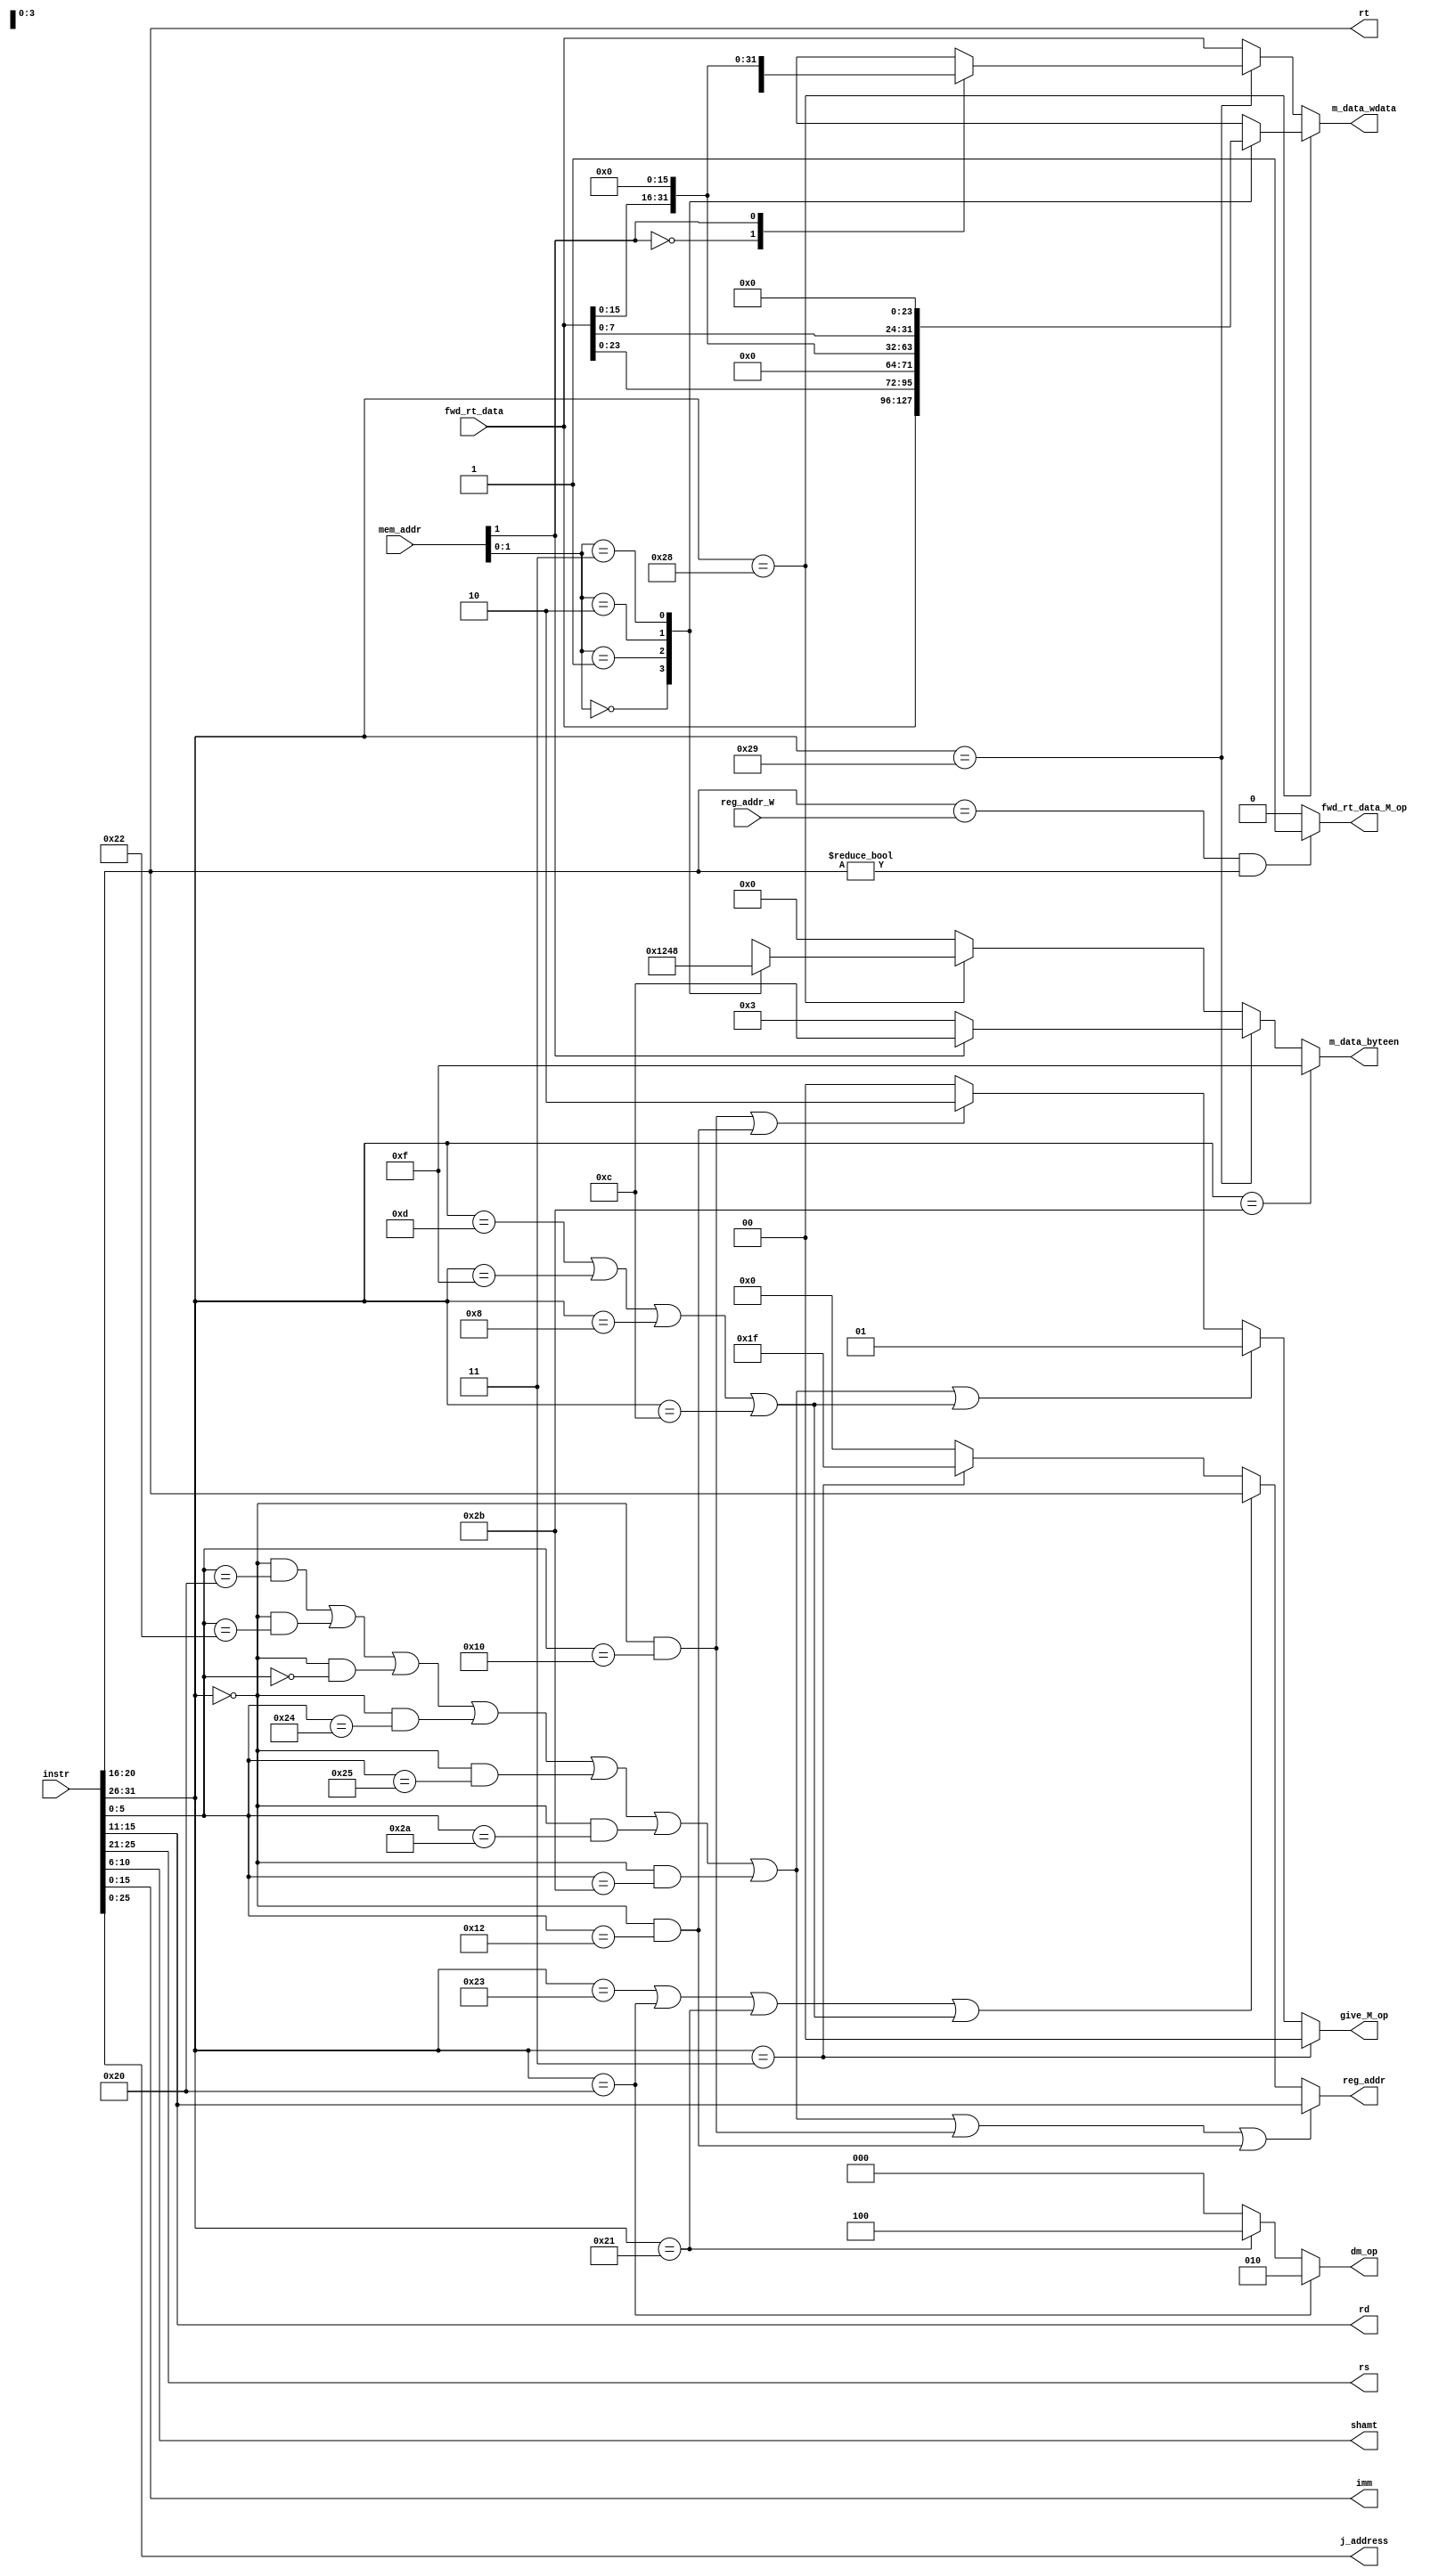
module CU_M (
    input [31:0] instr,

    output [25:21] rs,
    output [20:16] rt,
    output [15:11] rd,
    output [ 10:6] shamt,
    output [ 15:0] imm,
    output [ 25:0] j_address,

    input      [31:0] mem_addr,
    input      [31:0] fwd_rt_data,
    output reg [ 2:0] dm_op,
    output reg [ 3:0] m_data_byteen,
    output reg [31:0] m_data_wdata,

    output reg [4:0] reg_addr,  //

    output reg [1:0] give_M_op,

    input      [4:0] reg_addr_W,
    output reg       fwd_rt_data_M_op
);
    wire [5:0] op = instr[31:26];
    assign rs    = instr[25:21];
    assign rt    = instr[20:16];
    assign rd    = instr[15:11];
    assign shamt = instr[10:6];
    wire [5:0] func = instr[5:0];
    assign imm       = instr[15:0];
    assign j_address = instr[25:0];

    wire R = (op == 6'b000000);

    wire add = R & (func == 6'b100000);
    wire sub = R & (func == 6'b100010);
    wire jr = R & (func == 6'b001000);
    wire sll = R & (func == 6'b000000);

    wire ori = (op == 6'b001101);
    wire lw = (op == 6'b100011);
    wire sw = (op == 6'b101011);
    wire beq = (op == 6'b000100);
    wire lui = (op == 6'b001111);
    wire jal = (op == 6'b000011);

    //P6
    wire instr_and = R & (func == 6'b100100);
    wire instr_or = R & (func == 6'b100101);
    wire slt = R & (func == 6'b101010);
    wire sltu = R & (func == 6'b101011);

    wire andi = (op == 6'b001100);
    wire addi = (op == 6'b001000);
    wire lb = (op == 6'b100000);
    wire lh = (op == 6'b100001);
    wire sb = (op == 6'b101000);
    wire sh = (op == 6'b101001);

    wire bne = (op == 6'b000101);

    wire mult = R & (func == 6'b011000);
    wire multu = R & (func == 6'b011001);
    wire div = R & (func == 6'b011010);
    wire divu = R & (func == 6'b011011);

    wire mfhi = R & (func == 6'b010000);
    wire mflo = R & (func == 6'b010010);
    wire mthi = R & (func == 6'b010001);
    wire mtlo = R & (func == 6'b010011);

    wire cal_r = (add | sub | sll | instr_and | instr_or | slt | sltu);
    wire cal_i = (ori | lui | addi | andi);
    wire load = (lw | lb | lh);
    wire store = (sw | sb | sh);
    wire md = (mult | multu | div | divu);

    always @(*) begin
        if (0) dm_op = 3'd1;  //
        else if (lb) dm_op = 3'd2;  //
        else if (0) dm_op = 3'd3;  //
        else if (lh) dm_op = 3'd4;  //
        else dm_op = 3'd0;  //

        if (sw) m_data_byteen = 4'b1111;
        else if (sh) m_data_byteen = mem_addr[1] ? 4'b1100 : 4'b0011;
        else if (sb) begin
            case (mem_addr[1:0])
                2'b00:   m_data_byteen = 4'b0001;
                2'b01:   m_data_byteen = 4'b0010;
                2'b10:   m_data_byteen = 4'b0100;
                2'b11:   m_data_byteen = 4'b1000;
                default: m_data_byteen = 4'b0000;
            endcase
        end else m_data_byteen = 4'b0000;

        if (sb) begin  //lb
            case (mem_addr[1:0])
                2'b00:   m_data_wdata = fwd_rt_data << 5'd0;
                2'b01:   m_data_wdata = fwd_rt_data << 5'd8;
                2'b10:   m_data_wdata = fwd_rt_data << 5'd16;
                2'b11:   m_data_wdata = fwd_rt_data << 5'd24;
                default: m_data_wdata = fwd_rt_data;
            endcase
        end else if (sh) begin  //lh
            case (mem_addr[1])
                1'b0:    m_data_wdata = fwd_rt_data << 5'd0;
                1'b1:    m_data_wdata = fwd_rt_data << 5'd16;
                default: m_data_wdata = fwd_rt_data;
            endcase
        end else if (sw) m_data_wdata = fwd_rt_data;
        else m_data_wdata = fwd_rt_data;

        if (jal) give_M_op = 2'd0;  //pc_M+8
        else if (cal_r | cal_i) give_M_op = 2'd1;  //alu_out_M
        else if (mfhi | mflo) give_M_op = 2'd2;  //md_out_M
        else give_M_op = 2'd0;

        //reg_addr 
        if (cal_r | mfhi | mflo) reg_addr = rd;  //rd
        else if (load | cal_i) reg_addr = rt;  //rt
        else if (jal) reg_addr = 5'd31;  //$ra $31
        else reg_addr = 5'd0;  //$0

        /********* forward ***********************/
        if (rt == reg_addr_W & rt != 5'd0) fwd_rt_data_M_op = 1'd1;
        else fwd_rt_data_M_op = 1'd0;
    end
endmodule